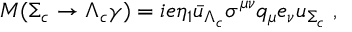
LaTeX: M ( \Sigma _ { c } \to \Lambda _ { c } \gamma ) = i e \eta _ { 1 } { \bar { u } } _ { \Lambda _ { c } } \sigma ^ { \mu \nu } q _ { \mu } e _ { \nu } u _ { \Sigma _ { c } } \; ,